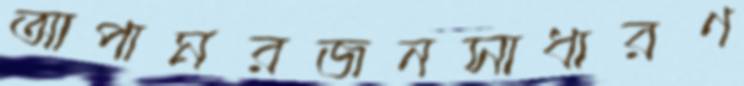
আপামরজনসাধারণ